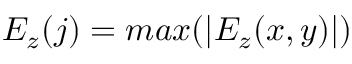
E _ { z } ( j ) = m a x ( | E _ { z } ( x , y ) | )